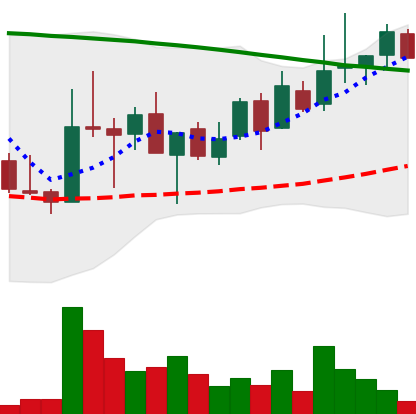
Ticker: LINK-USD
Chart end date: 2018-08-25
Forward return: -4.496%
Label: down_3_5